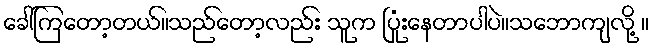
ခေါ်ကြတော့တယ်။သည်တော့လည်း သူက ပြုံးနေတာပါပဲ။သဘောကျလို့ ။